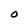
Character: O